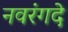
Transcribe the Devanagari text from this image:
नवरंगदे